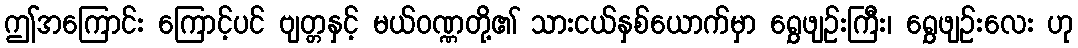
ဤအကြောင်း ကြောင့်ပင် ဗျတ္တနှင့် မယ်ဝဏ္ဏတို့၏ သားငယ်နှစ်ယောက်မှာ ရွှေဖျဉ်းကြီး၊ ရွှေဖျဉ်းလေး ဟု